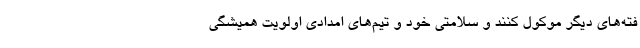
فته‌های دیگر موکول کنند و سلامتی خود و تیم‌های امدادی اولویت همیشگی